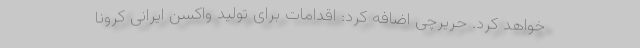
خواهد کرد. حریرچی اضافه کرد: اقدامات برای تولید واکسن ایرانی کرونا